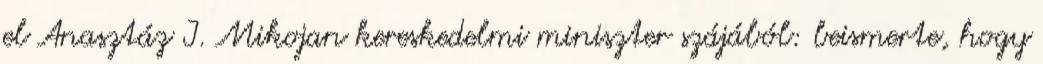
el Anasztáz I. Mikojan kereskedelmi miniszter szájából: beismerte, hogy